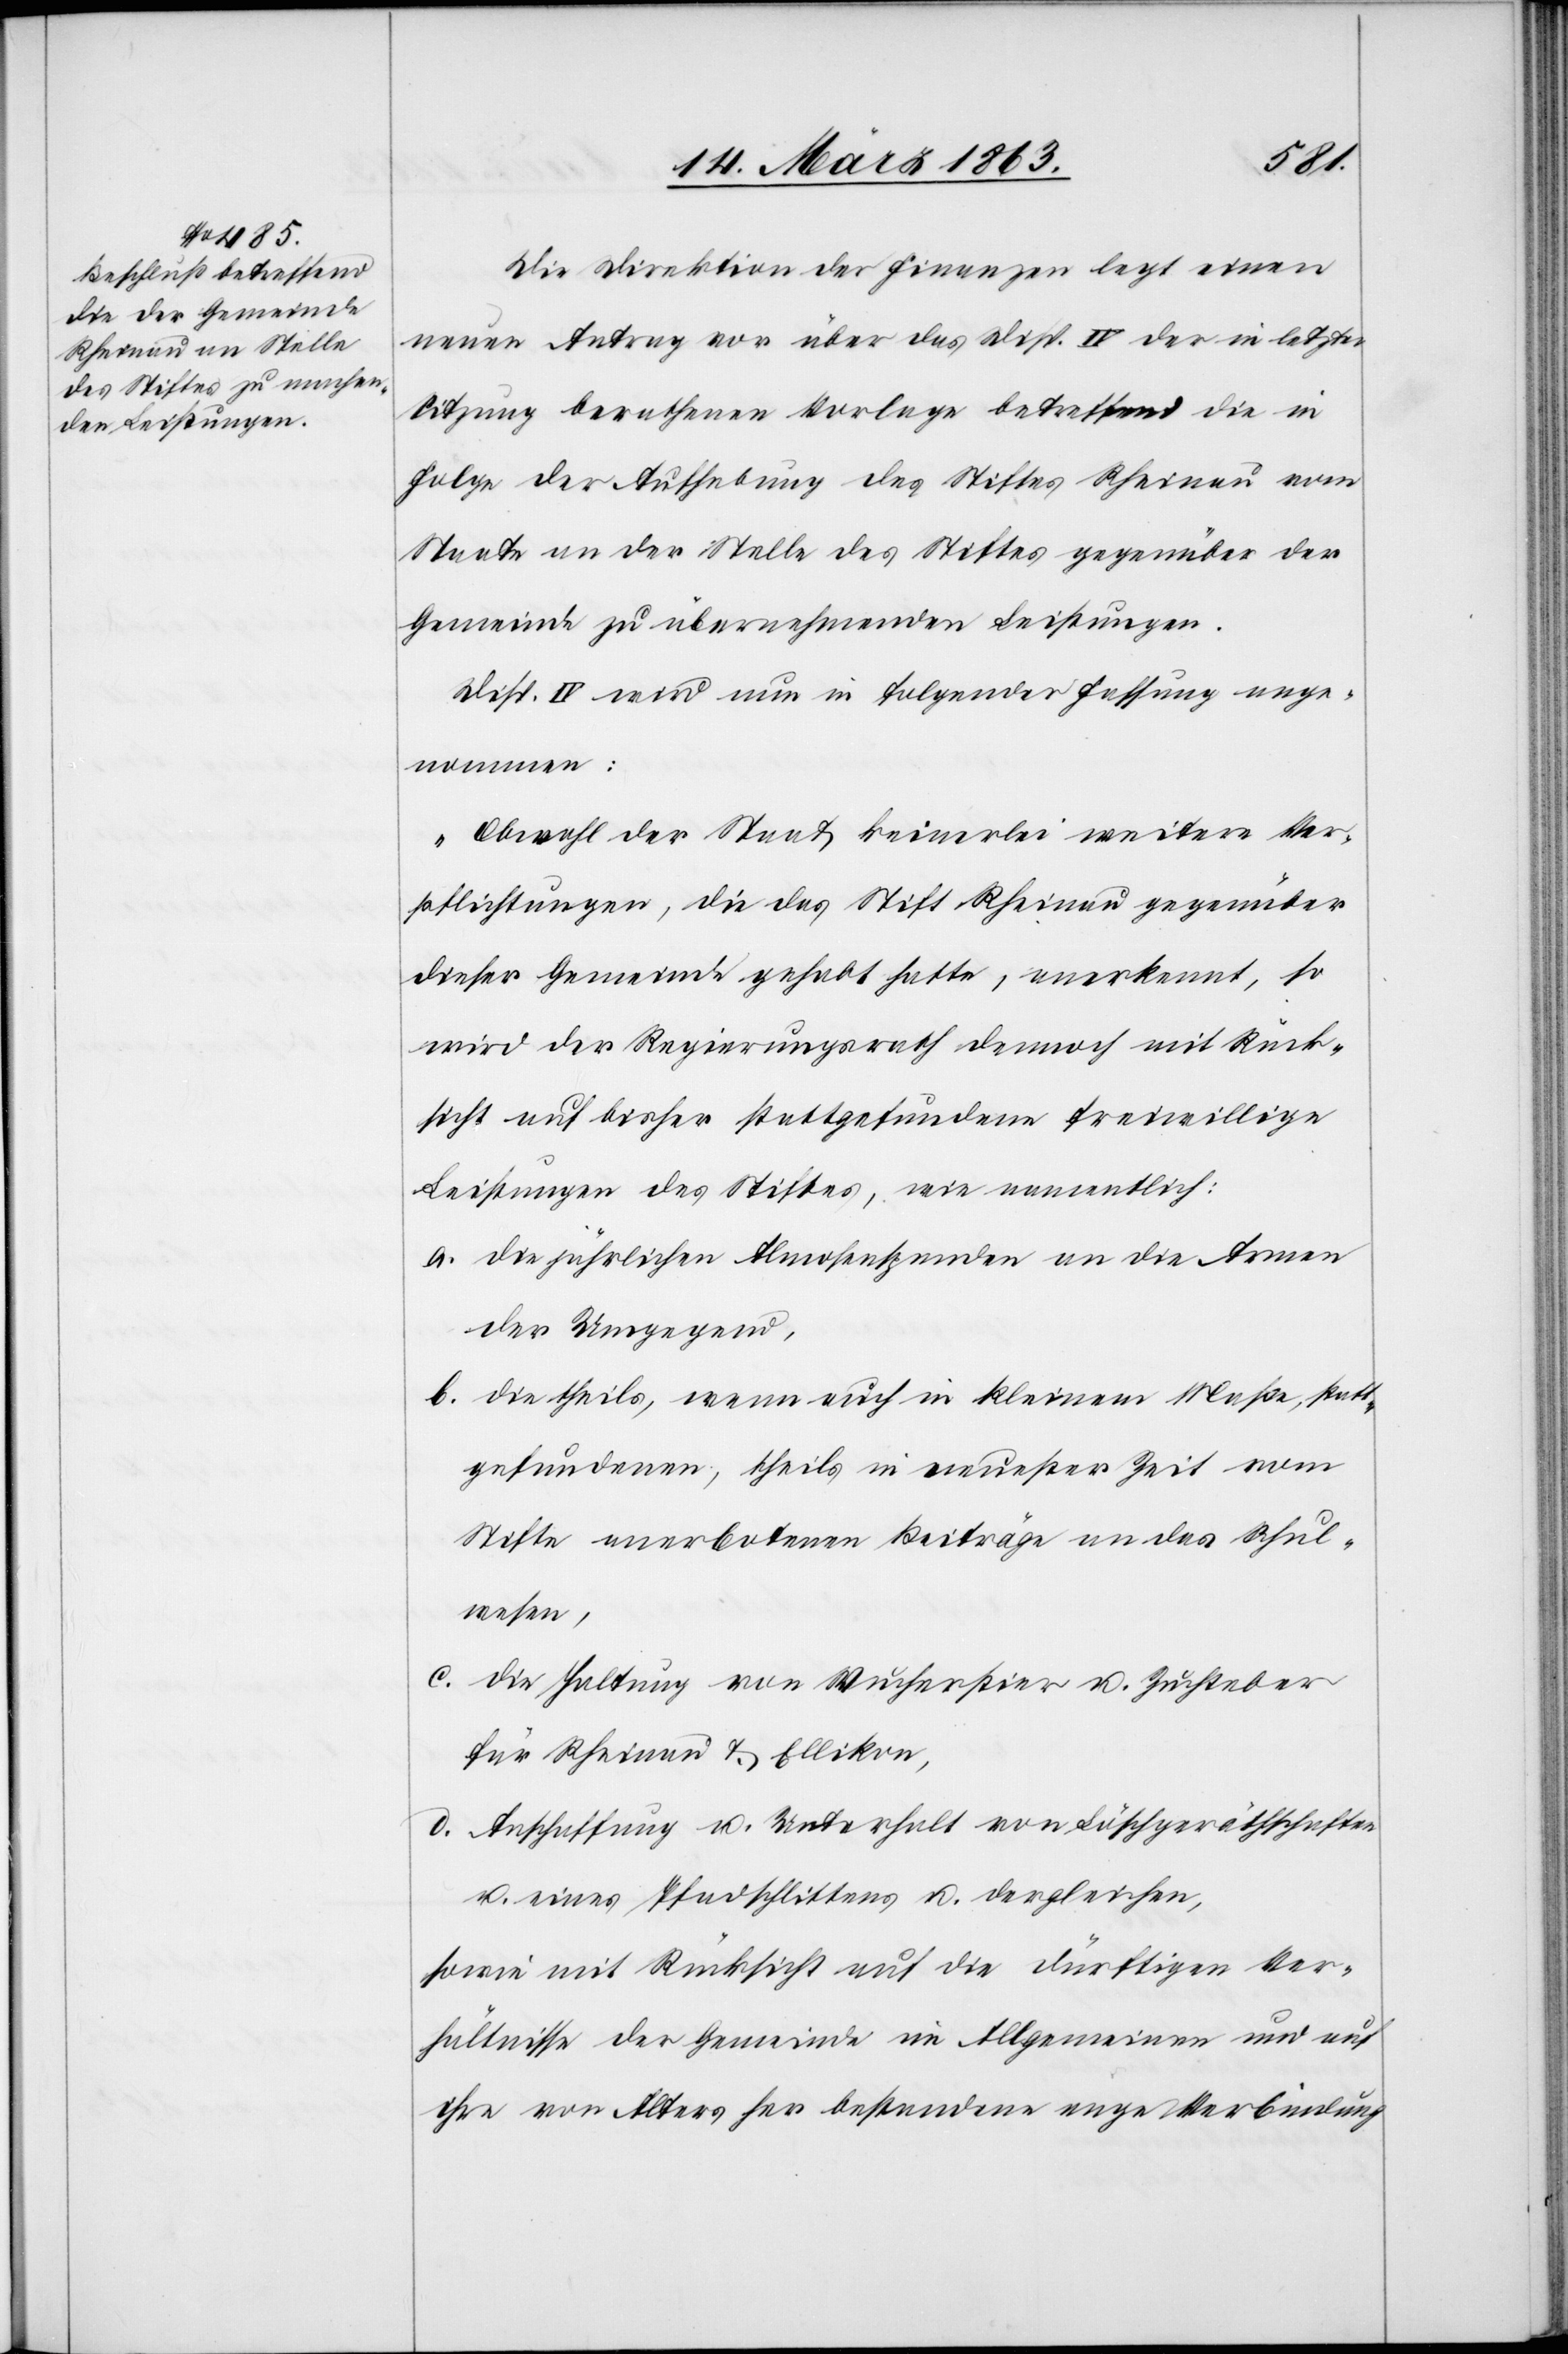
Die Direktion der Finanzen legt einen
neuen Antrag vor über das Disp. IV der in letzter
Sitzung berathenen Vorlage betreffend die in
Folge der Aufhebung des Stiftes Rheinau vom
Staate an der Stelle des Stiftes gegenüber der
Gemeinde zu übernehmenden Leistungen.
Disp. IV wird nun in folgender Fassung ange¬
nommen:
„Obwohl der Staat keinerlei weitere Ver¬
pflichtungen, die das Stift Rheinau gegenüber
dieser Gemeinde gehabt hatte, anerkennt, so
wird der Regierungsrath dennoch mit Rück¬
sicht auf bisher stattgefundene freiwillige
Leistungen des Stiftes, wie namentlich:
a. die jährlichen Almosenspenden an die Armen
der Umgegend,
b. die theils, wenn auch in kleinem Maße, statt¬
gefundenen, theils in neuester Zeit vom
Stifte anerbotenen Beiträge an das Schul¬
wesen,
c.
die Haltung von Wucherstier u. Zuchteber
für Rheinau & Ellikon,
d. Anschaffung u. Unterhalt von Löschgeräthschaften
u. eines Pfadschlittens u. dergleichen,
sowie mit Rücksicht auf die dürftigen Ver¬
hältnisse der Gemeinde im Allgemeinen und auf
ihre von Alters her bestandene enge Verbindung